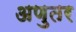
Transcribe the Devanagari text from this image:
अणुतर